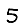
Digit: 5